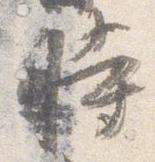
時